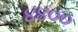
૪૪૦૦